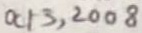
Text: Oct 3, 2008